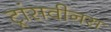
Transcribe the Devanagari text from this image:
ट्रांसवीनस